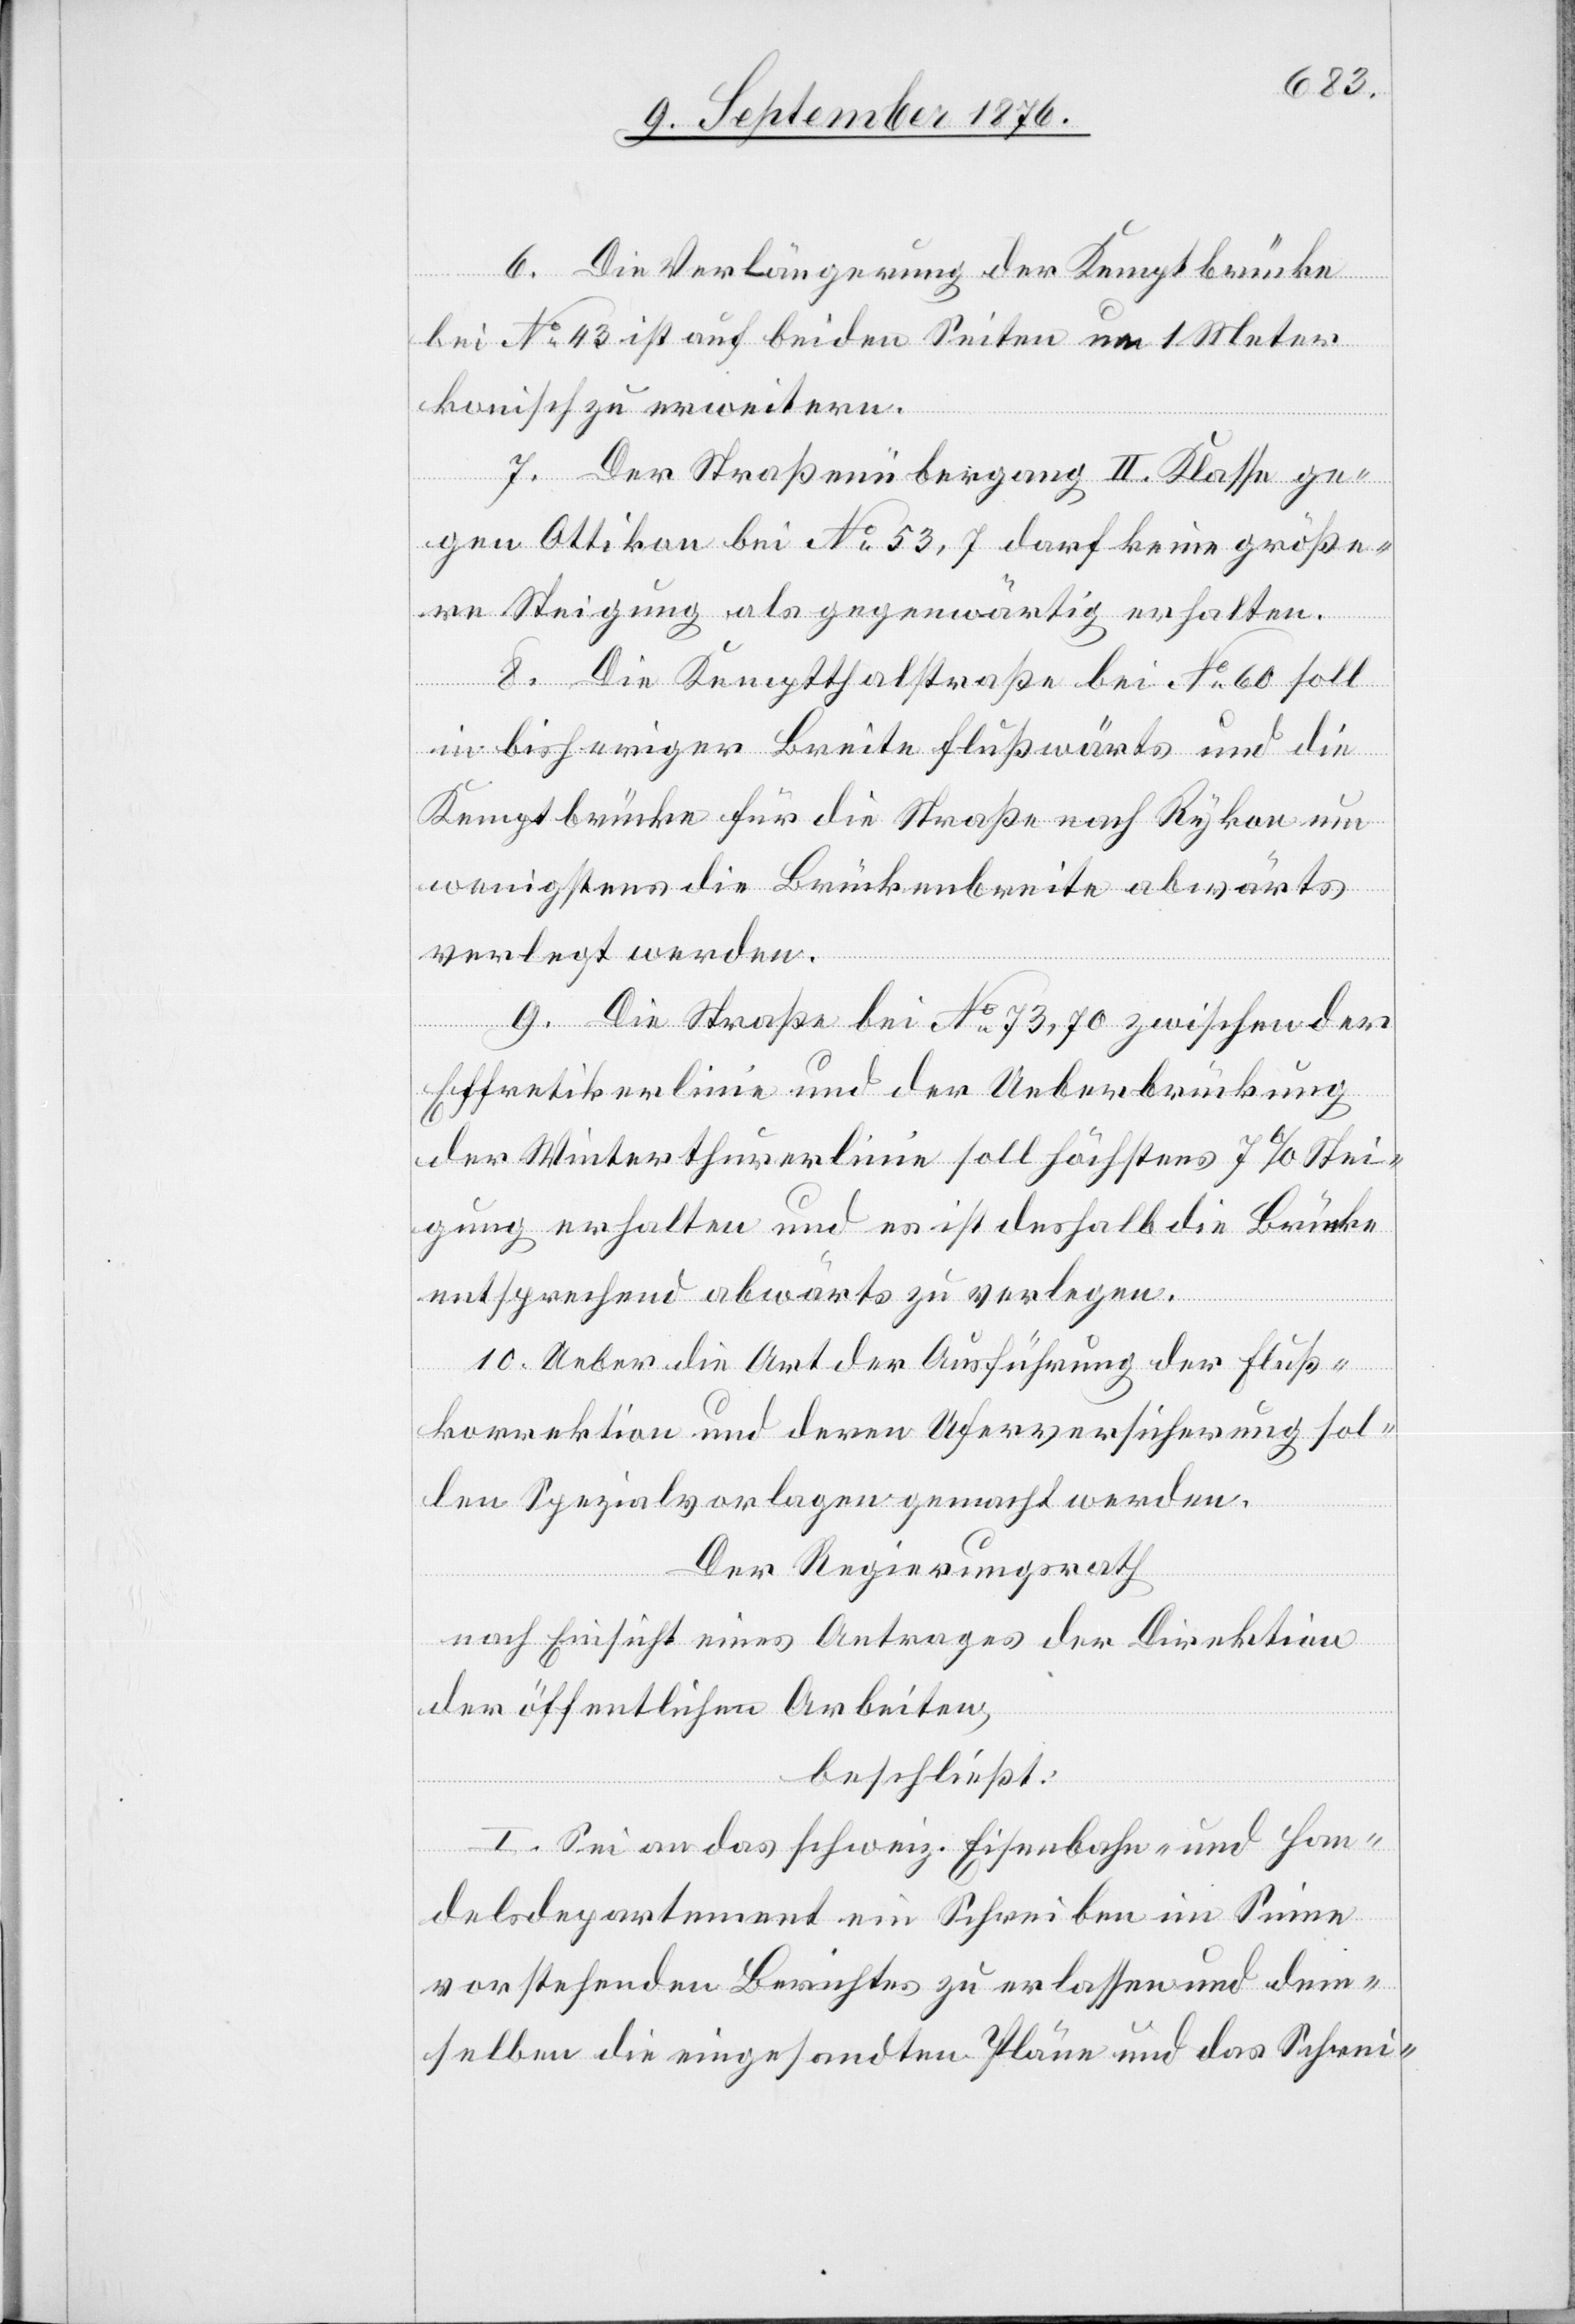
6. Die Verlängerung der Kemptbrücke
bei No 43 ist auf beiden Seiten um 1 Meter
konisch zu erweitern.
7. Der Straßenübergang II. Klasse ge¬
gen Ottikon bei No 53,7 darf keine größe¬
re Steigung als gegenwärtig erhalten.
8. Die Kemptthalstraße bei No 60 soll
in bisheriger Breite Flußwärts und die
Kemptbrücke für die Straße nach Rykon um
wenigstens die Brückenbreite abwärts
verlegt werden.
9. Die Straße bei No 73,70 zwischen der
Effretikerlinie und der Ueberbrückung
der Winterthurerlinie soll höchstens 7% Stei¬
gung erhalten und es ist deshalb die Brücke
entsprechend abwärts zu verlegen.
10. Ueber die Art der Ausführung der Fluß¬
korrektion und deren Uferversicherung sol¬
len Spezialvorlagen gemacht werden.
Der Regierungsrath
nach Einsicht eines Antrages der Direktion
der öffentlichen Arbeiten,
beschließt:
I. Sei an das schweiz. Eisenbahn- und Han¬
delsdepartement ein Schreiben im Sinne
vorstehenden Berichtes zu erlassen und dem¬
selben die eingesandten Pläne und das Schrei-